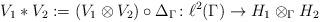
LaTeX: \begin{align*}V_1\ast V_2:= (V_1\otimes V_2) \circ \Delta_{\Gamma} \colon \ell^2(\Gamma) \to H_1 \otimes_{\Gamma} H_2\end{align*}